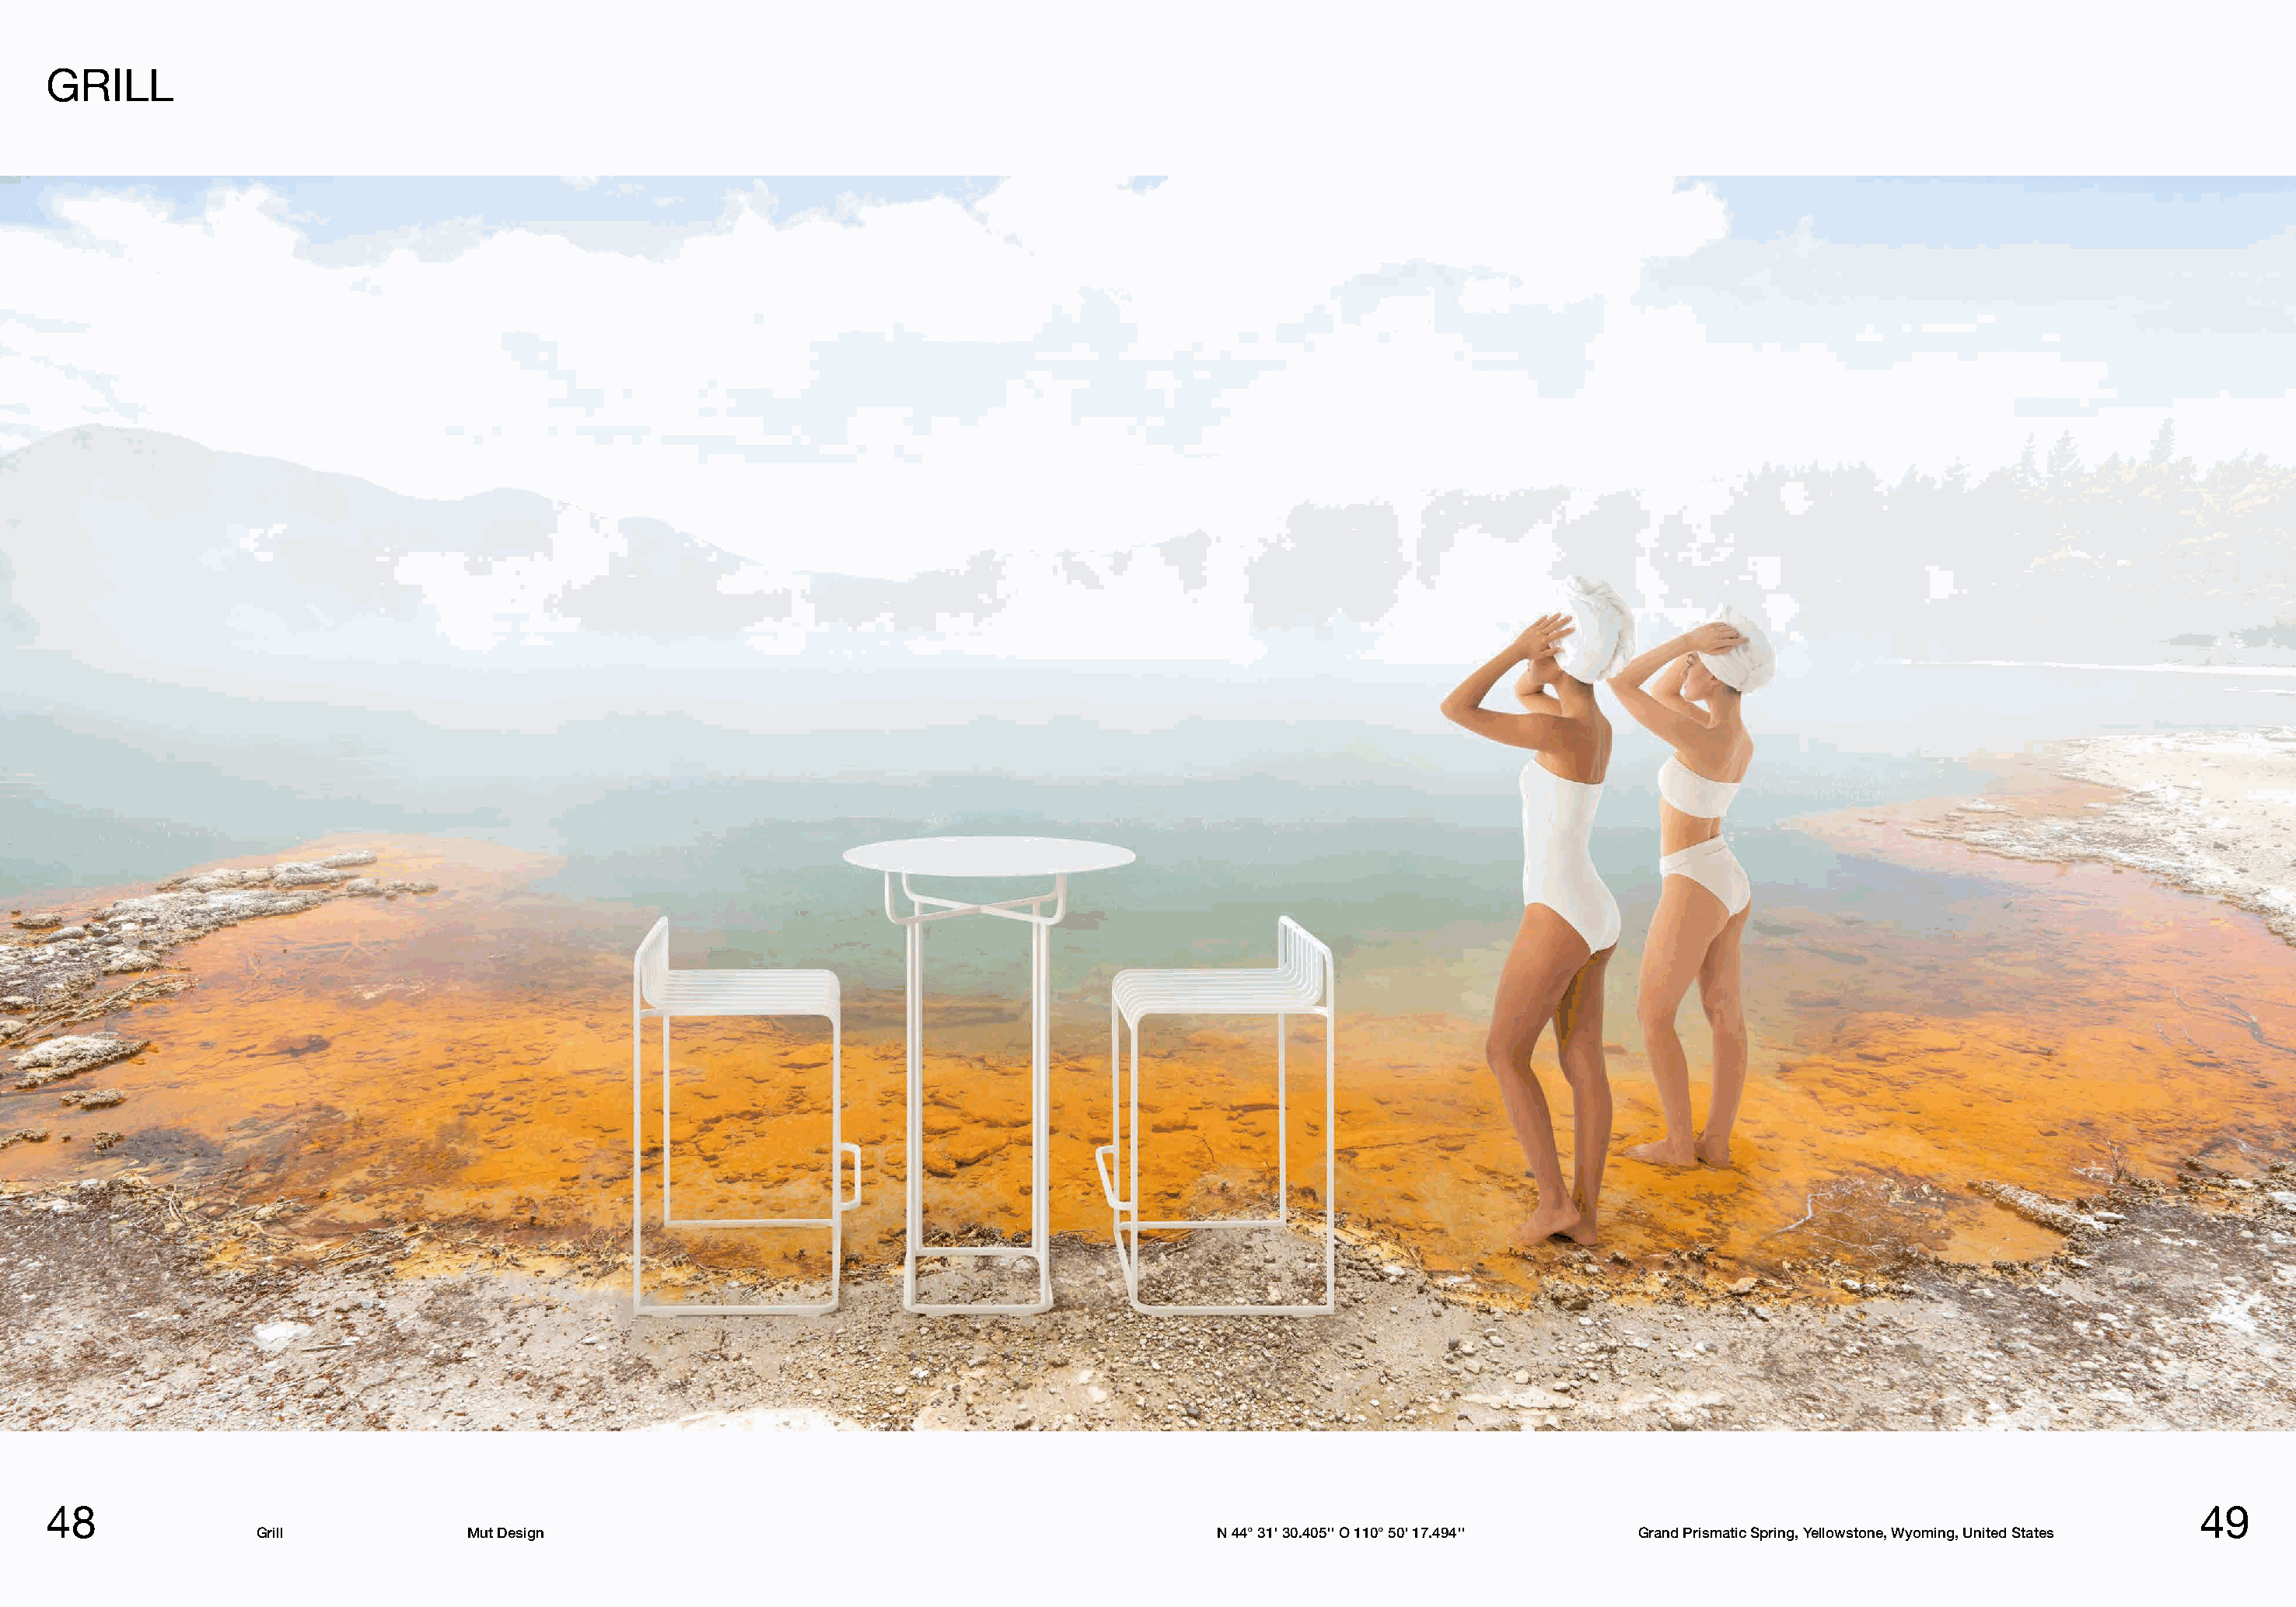
GRILL
 48                                                                                                                                                                                     49
 Grill             Mut Design                                                      N 44° 31' 30.405'' O 110° 50' 17.494'' Grand Prismatic Spring, Yellowstone, Wyoming, United States